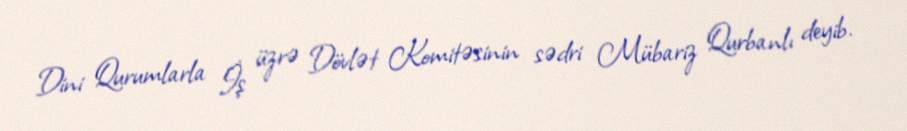
Dini Qurumlarla İş üzrə Dövlət Komitəsinin sədri Mübariz Qurbanlı deyib.